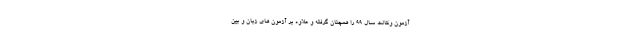
آزمون وکالت سال ۹۹ را همچنان گرفته و علاوه بر آزمون های زبان و بین